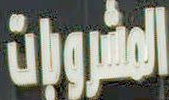
المشروبات